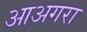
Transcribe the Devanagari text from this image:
आअगरा